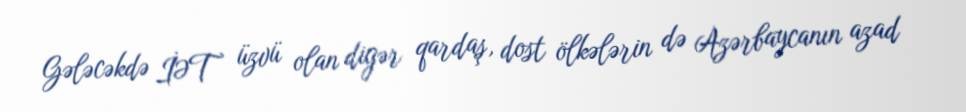
Gələcəkdə İƏT üzvü olan digər qardaş, dost ölkələrin də Azərbaycanın azad